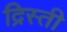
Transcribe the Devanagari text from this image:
द्रिस्ती